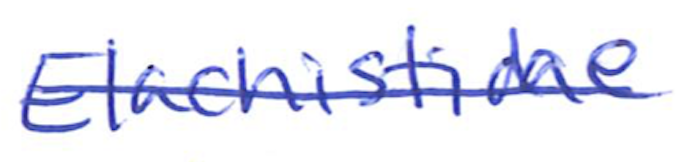
Text: Elachistidae
Cross-out: mix
Writing tool: ballpoint